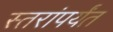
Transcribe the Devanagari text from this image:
स्तरांपर्यंत